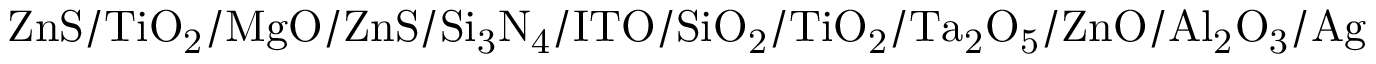
\mathrm { Z n S / T i O _ { 2 } / M g O / Z n S / S i _ { 3 } N _ { 4 } / I T O / S i O _ { 2 } / T i O _ { 2 } / T a _ { 2 } O _ { 5 } / Z n O / A l _ { 2 } O _ { 3 } / A g }